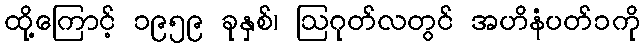
ထို့ကြောင့် ၁၉၅၉ ခုနှစ်၊ ဩဂုတ်လတွင် အဟိနံပတ်၁ကို